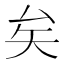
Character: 矣